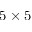
5 \times 5